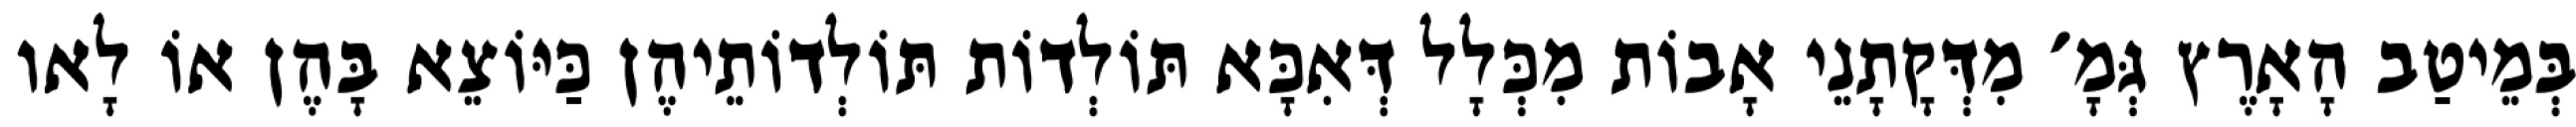
בְּמֵיטַב הָאָרֶץ גְּמָ׳ מִדְּקָתָנֵי אָבוֹת מִכְּלָל דְּאִכָּא תּוֹלְדוֹת תּוֹלְדוֹתֵיהֶן כַּיּוֹצֵא בָּהֶן אוֹ לָאו